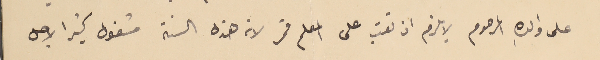
على والده المرحوم لا يلزم ان تعتب على المعلم قمر لانه هذه السنة مشغول كثيرا لاجل